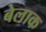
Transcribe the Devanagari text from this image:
बेलाक